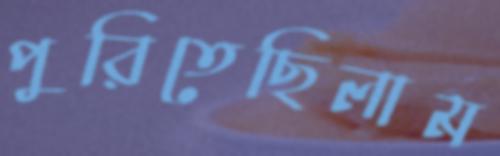
পুরিতেছিলাম